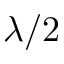
\lambda / 2